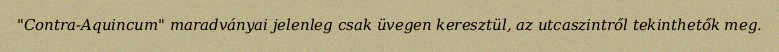
"Contra-Aquincum" maradványai jelenleg csak üvegen keresztül, az utcaszintről tekinthetők meg.